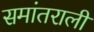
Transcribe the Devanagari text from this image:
समांतराली